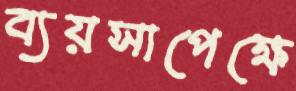
ব্যয়সাপেক্ষে